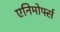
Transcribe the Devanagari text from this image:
एनिमोर्फ्स